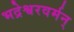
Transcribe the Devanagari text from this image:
भद्रेश्वरवर्मन्